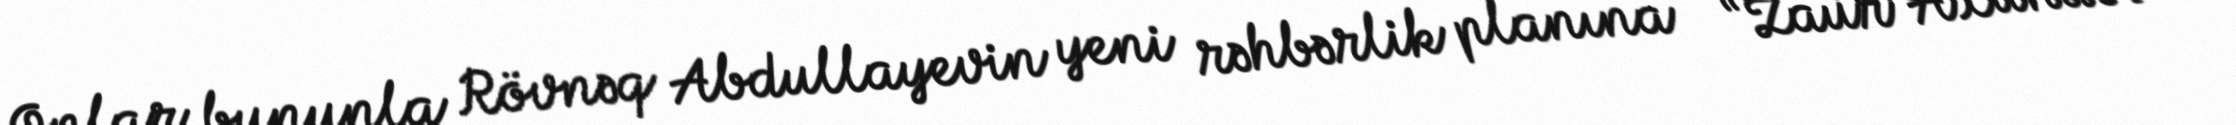
Onlar bununla Rövnəq Abdullayevin yeni rəhbərlik planına - “Zaur Axundov